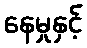
နေမှုနှင့်